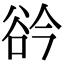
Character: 𧮰